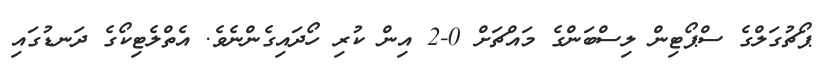
ޕޯޗުގަލްގެ ސްޕޯޓިން ލިސްބަންގެ މައްޗަށް 0-2 އިން ކުރި ހޯދައިގެންނެވެ. އެތްލެޓިކޯގެ ދަނޑުގައި